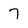
Character: 7